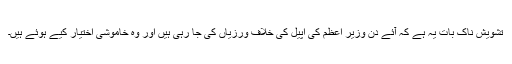
تشویش ناک بات یہ ہے کہ آئے دن وزیر اعظم کی اپیل کی خلاف ورزیاں کی جا رہی ہیں اور وہ خاموشی اختیار کیے ہوئے ہیں۔